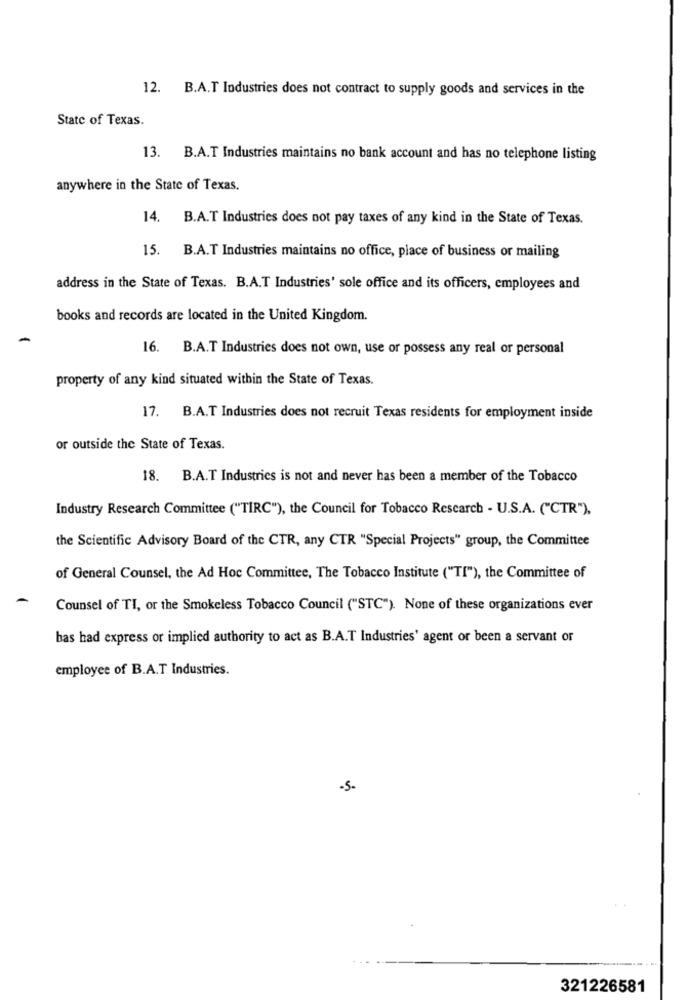
12. B.A.T Industries does not contract to supply goods and services in the
State of Texas.
13. B.A.T Industries maintains no bank account and has no telephone listing
anywhere in the State of Texas.
14. B.A.T Industries does not pay taxes of any kind in the State of Texas.
15. B.A.T Industries maintains no office, place of business or mailing
address in the State of Texas. B.A.T Industries' sole office and its officers, employees and
books and records are located in the United Kingdom.
16. B.A.T Industries does not own, use or possess any real or personal
property of any kind situated within the State of Texas.
17. B.A.T Industries does not recruit Texas residents for employment inside
or outside the State of Texas.
18. B.A.T Industries is not and never has been a member of the Tobacco
Industry Research Committee ("TIRC"), the Council for Tobacco Research - U.S.A. ("CTR").
the Scientific Advisory Board of the CTR, any CTR "Special Projects" group, the Committee
of General Counsel, the Ad Hoc Committee, The Tobacco Institute ("TI"), the Committee of
Counsel of TI, or the Smokeless Tobacco Council ("STC"). None of these organizations ever
bas had express or implied authority to act as B.A.T Industries' agent or been a servant or
employee of B.A.T Industries.
.S.
321226581